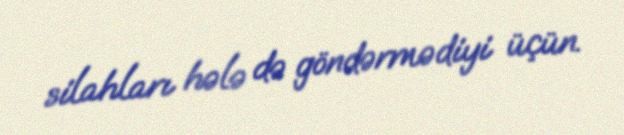
silahları hələ də göndərmədiyi üçün.